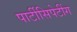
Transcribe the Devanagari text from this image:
पार्टीसिपेटींग